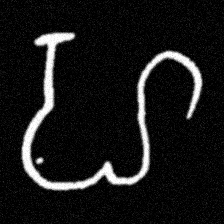
Pyu character \u2014 Myanmar letter: ဟ (romanized: ha)